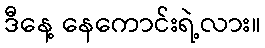
ဒီနေ့ နေကောင်းရဲ့လား။